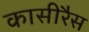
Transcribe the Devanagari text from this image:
कासीरैस